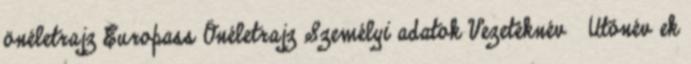
önéletrajz Europass Önéletrajz Személyi adatok Vezetéknév Utónév ek